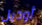
أوديل